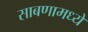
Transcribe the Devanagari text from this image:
साबणामध्ये